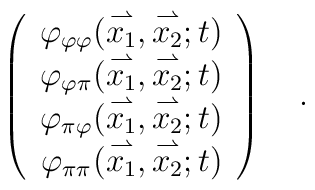
\left(\begin{array}{cc}\varphi_{\varphi\varphi}&	\hskip-2\arraycolsep(\stackrel{\rightharpoonup}{x_1},	\stackrel{\rightharpoonup}{x_2}; t)\\\varphi_{\varphi\pi}&	\hskip-2\arraycolsep(\stackrel{\rightharpoonup}{x_1},	\stackrel{\rightharpoonup}{x_2}; t)\\\varphi_{\pi\varphi}&	\hskip-2\arraycolsep(\stackrel{\rightharpoonup}{x_1},	\stackrel{\rightharpoonup}{x_2}; t)\\\varphi_{\pi\pi}&	\hskip-2\arraycolsep(\stackrel{\rightharpoonup}{x_1},	\stackrel{\rightharpoonup}{x_2}; t)\end{array}\right) \ \ \ .